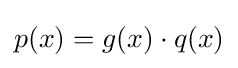
p(x)=g(x)\cdot q(x)